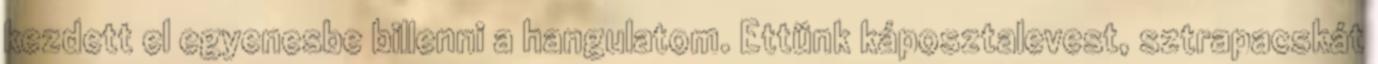
kezdett el egyenesbe billenni a hangulatom. Ettünk káposztalevest, sztrapacskát